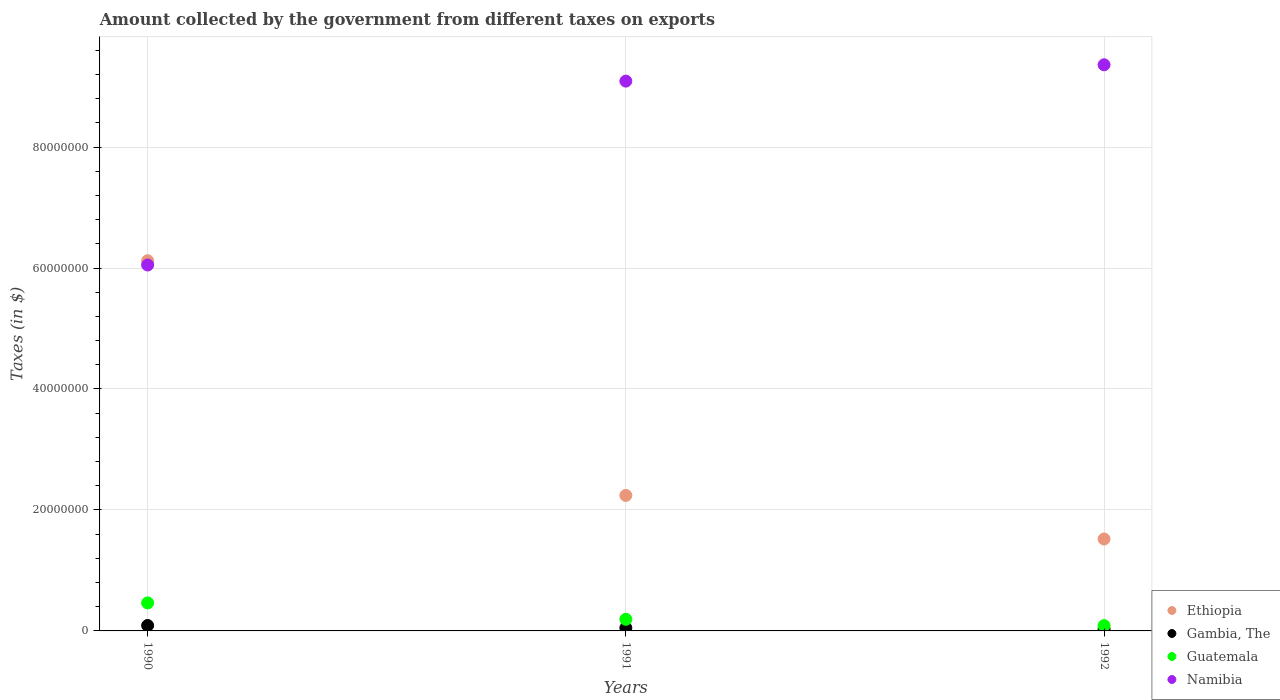
| Years | Ethiopia | Gambia, The | Guatemala | Namibia |
 | --- | --- | --- | --- | --- |
 | 1990 | 6.12e+07 | 9e+05 | 4.63e+06 | 6.05e+07 |
 | 1991 | 2.24e+07 | 5e+05 | 1.92e+06 | 9.09e+07 |
 | 1992 | 1.52e+07 | 3.2e+05 | 8.8e+05 | 9.36e+07 |